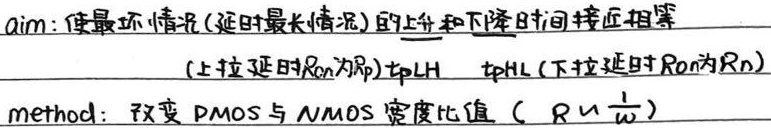
aim：使最坏情况(延时最长情况)的上升和下降时间接近相等(上拉延时\(R_{on}\)为\(R_{p}\)) \(t_{pLH}\) \(t_{pHL}\)(下拉延时\(R_{on}\)为\(R_{n}\))
method：改变 PMOS 与 NMOS 宽度比值（\(R\propto\frac{1}{W}\)）